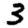
Digit: 3